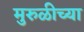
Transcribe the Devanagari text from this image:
मुरुळीच्या